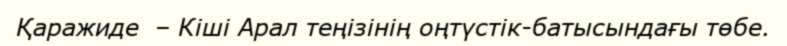
Қаражиде  – Кіші Арал теңізінің оңтүстік-батысындағы төбе.